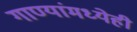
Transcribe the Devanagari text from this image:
गाण्यांमध्येही